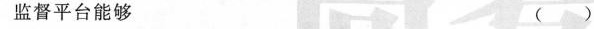
监督平台能够 ( )